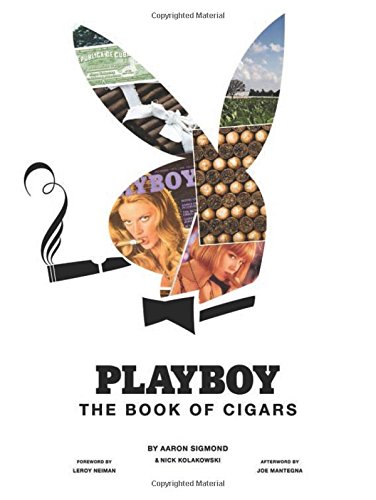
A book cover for Playboy The Book of Cigars; Aaron Sigmond; Humor & Entertainment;